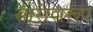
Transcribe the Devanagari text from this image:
सारांशरूप